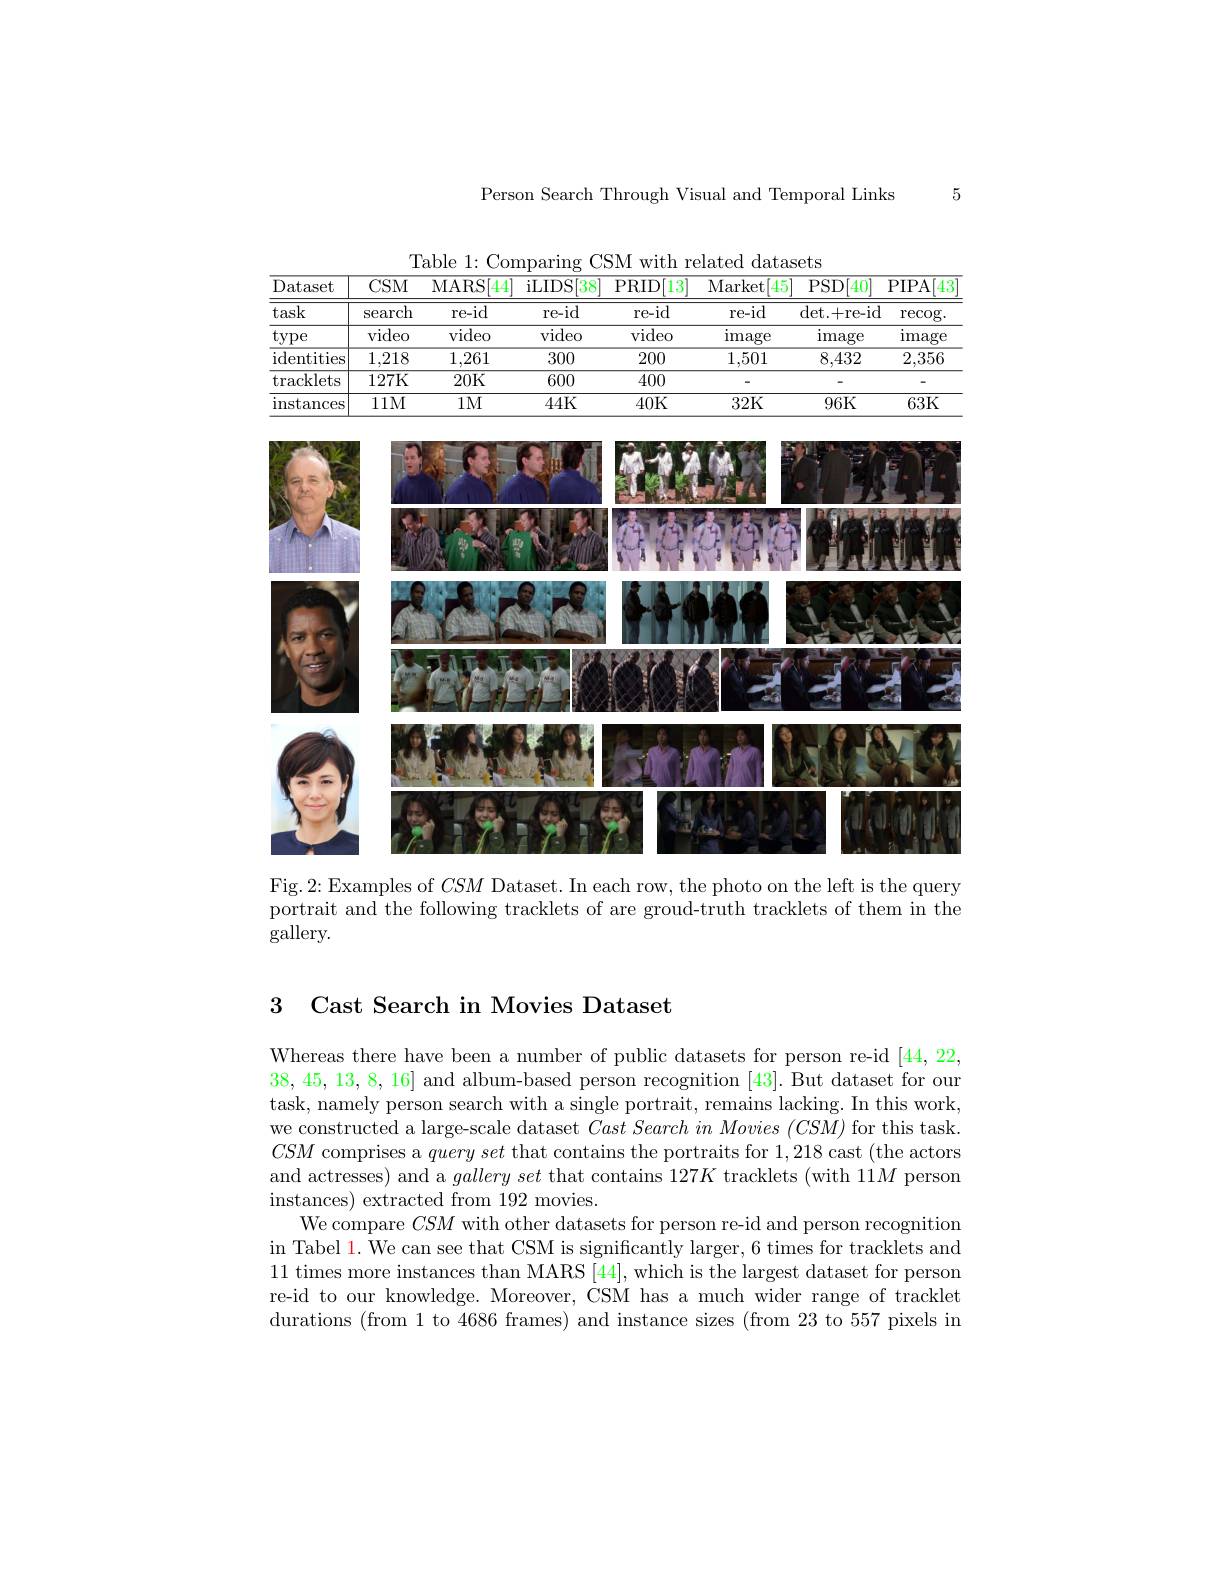
Person Search Through Visual and Temporal Links

5

Table 1: Comparing CSM with related datasets
<table>
	<tbody>
		<tr>
			<th>Dataset</th>
			<th>$CSM$</th>
			<th>MARS[ 44</th>
			<th>iLIDS $38^{\prime}$</th>
			<th>$13^{\prime}$ PRID[</th>
			<th>$\overline{\mathrm{Market}}$ 45</th>
			<th>$PSD$ 40</th>
			<th>PIPA[ 43</th>
		</tr>
		<tr>
			<td>task</td>
			<td>search</td>
			<td>$re-id$</td>
			<td>re-id</td>
			<td>re-id</td>
			<td>re-id</td>
			<td>det. + re- id</td>
			<td>$\operatorname{recog}.$</td>
		</tr>
		<tr>
			<td>$t$ype</td>
			<td>video</td>
			<td>video</td>
			<td>video</td>
			<td>video</td>
			<td>image</td>
			<td>image</td>
			<td>image</td>
		</tr>
		<tr>
			<td>$\operatorname{identities}$</td>
			<td>1,218</td>
			<td>1,261</td>
			<td>300</td>
			<td>200</td>
			<td>1,501</td>
			<td>8,432</td>
			<td>2,356</td>
		</tr>
		<tr>
			<td>$\operatorname{tracklets}$</td>
			<td>127K</td>
			<td>20K</td>
			<td>600</td>
			<td>400</td>
			<td> </td>
			<td> </td>
			<td> </td>
		</tr>
		<tr>
			<td>$\operatorname{instances}$</td>
			<td>111M</td>
			<td>$1M$</td>
			<td>44K</td>
			<td>40K</td>
			<td>32K</td>
			<td>96K</td>
			<td>63K</td>
		</tr>
	</tbody>
</table>

<FigureHere>

Fig.2: Examples of $CSM$ Dataset. In each row, the photo on the left is the query portrait and the following tracklets of are groud-truth tracklets of them in the gallery.

## 3 Cast Search in Movies Dataset

Whereas there have been a number of public datasets for person re-id [44,22, 38,45,13,8,16] and album-based person recognition [43]. But dataset for our task, namely person search with a single portrait, remains lacking. In this work, we constructed a large-scale dataset $Cast\textit{Search in Movies }( CSM)$ for this task. $CSM$ comprises a $query\textit{ set that contains the portraits for }1, 218$ cast (the actors and actresses) and a $gallery\textit{ set that contains }127K$ tracklets (with $11M$ person instances) extracted from 192 movies.
We compare $CSM$ with other datasets for person re-id and person recognition in Tabel 1. We can see that CSM is significantly larger, 6 times for tracklets and 11 times more instances than MARS [44],which is the largest dataset for person re-id to our knowledge. Moreover, CSM has a much wider range of tracklet durations (from 1 to 4686 frames) and instance sizes (from 23 to 557 pixels in